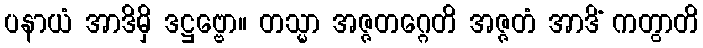
ပနာယံ အာဒိမှိ ဒဋ္ဌဗ္ဗော။ တသ္မာ အဇ္ဇတဂ္ဂေတိ အဇ္ဇတံ အာဒိံ ကတွာတိ